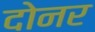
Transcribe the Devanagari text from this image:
दोनर